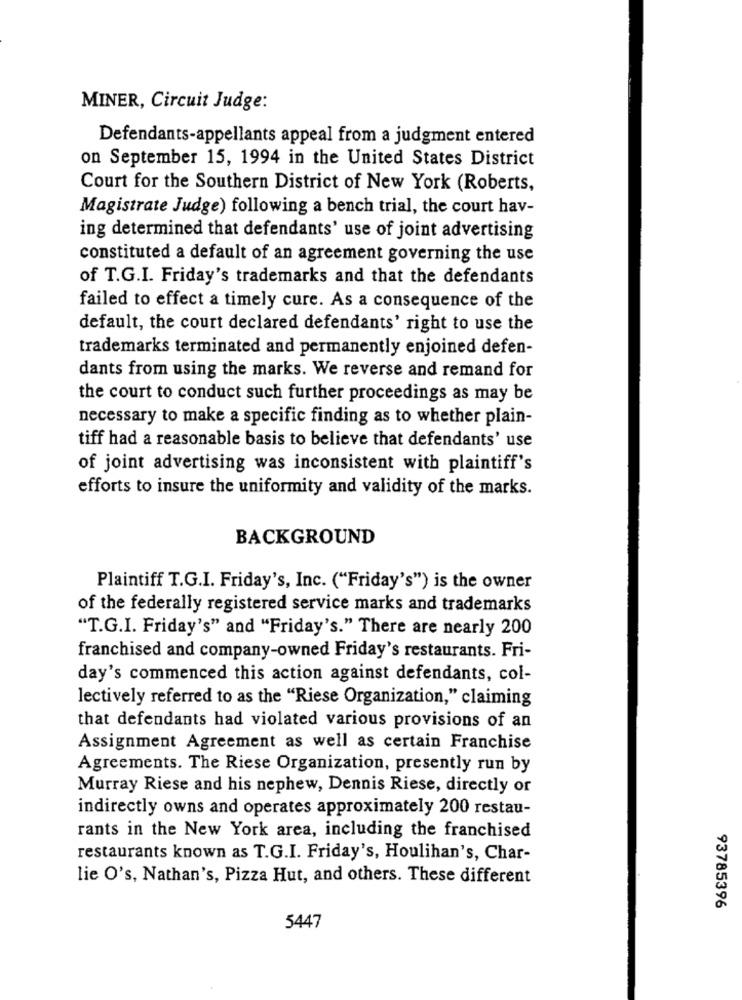
MINER, Circuit Judge:
Defendants-appellants appeal from a judgment entered
on September 15, 1994 in the United States District
Court for the Southern District of New York (Roberts,
Magistrate Judge) following a bench trial, the court hav-
ing determined that defendants' use of joint advertising
constituted a default of an agreement governing the use
of T.G.I. Friday's trademarks and that the defendants
failed to effect a timely cure. As a consequence of the
default, the court declared defendants' right to use the
trademarks terminated and permanently enjoined defen-
dants from using the marks. We reverse and remand for
the court to conduct such further proceedings as may be
necessary to make a specific finding as to whether plain-
tiff had a reasonable basis to believe that defendants' use
of joint advertising was inconsistent with plaintiff's
efforts to insure the uniformity and validity of the marks.
BACKGROUND
Plaintiff T.G.I. Friday's, Inc. ("Friday's") is the owner
of the federally registered service marks and trademarks
"T.G.I. Friday's" and "Friday's." There are nearly 200
franchised and company-owned Friday's restaurants. Fri-
day's commenced this action against defendants, col-
lectively referred to as the "Riese Organization," claiming
that defendants had violated various provisions of an
Assignment Agreement as well as certain Franchise
Agreements. The Riese Organization, presently run by
Murray Riese and his nephew, Dennis Riese, directly or
indirectly owns and operates approximately 200 restau-
rants in the New York area, including the franchised
restaurants known as T.G.I. Friday's, Houlihan's, Char-
lie O's, Nathan's, Pizza Hut, and others. These different
93785396
5447